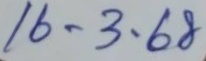
16 - 3 - 68